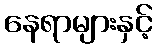
နေရာများနှင့်